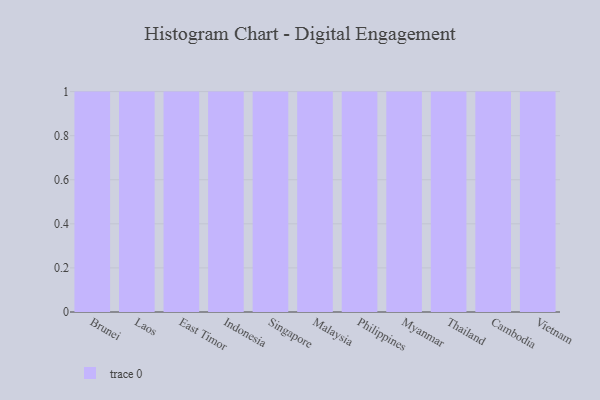
{"axis": {"x": "Country", "y": "Humidity (%)"}, "legend": [""], "data": [{"x": "Brunei", "y": 69, "type": ""}, {"x": "Laos", "y": 4, "type": ""}, {"x": "East Timor", "y": 58, "type": ""}, {"x": "Indonesia", "y": 78, "type": ""}, {"x": "Singapore", "y": 8, "type": ""}, {"x": "Malaysia", "y": 79, "type": ""}, {"x": "Philippines", "y": 47, "type": ""}, {"x": "Myanmar", "y": 46, "type": ""}, {"x": "Thailand", "y": 30, "type": ""}, {"x": "Cambodia", "y": 29, "type": ""}, {"x": "Vietnam", "y": 28, "type": ""}]}